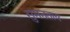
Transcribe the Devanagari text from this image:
सुमनताय